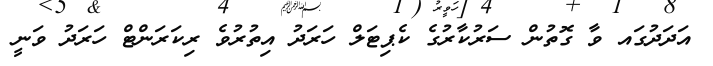
އަދަދުގައ ވާ ގޮތުން ސަރުކާރުގެ ކެޕިޓަލް ހަަރަދު އިތުރުވެ ރިކަރަންޓް ހަރަދު ވަނީ